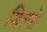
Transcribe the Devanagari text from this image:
शिल्पो